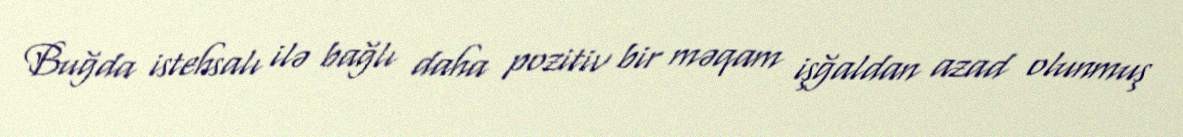
Buğda istehsalı ilə bağlı daha pozitiv bir məqam işğaldan azad olunmuş